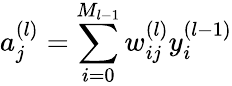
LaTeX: a_{j}^{(l)}=\sum_{i=0}^{M_{l-1}}w_{ij}^{(l)}y_{i}^{(l-1)}